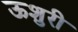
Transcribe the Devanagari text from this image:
ऊशुरी